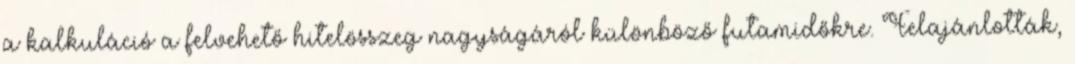
a kalkuláció a felvehető hitelösszeg nagyságáról különböző futamidőkre. Felajánlották,